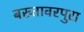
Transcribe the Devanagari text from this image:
बख्तावरपुरा